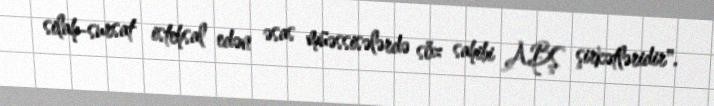
silah-sursat istehsal edən əsas müəssisələrdə söz sahibi ABŞ şirkətləridir".